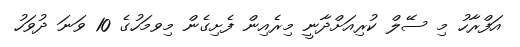
އަފްރާހު މި ސޭލް ކުރިއަށްދާނީ މިރެއިން ފެށިގެން މިވމަހުގެ 10 ވަނަ ދުވަހު